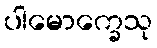
ပါမောက္ခေသု